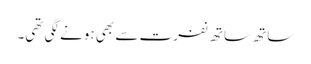
ساتھ ساتھ نفرت سے بھی ہونے لگی تھی۔